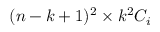
( n - k + 1 ) ^ { 2 } \times k ^ { 2 } C _ { i }